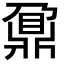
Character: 鼐